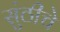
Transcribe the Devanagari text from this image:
सुंठीचे